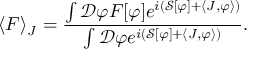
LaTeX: \langle F \rangle _ { J } = { \frac { \int { \mathcal { D } } \varphi F [ \varphi ] e ^ { i \left( { \mathcal { S } } [ \varphi ] + \langle J , \varphi \rangle \right) } } { \int { \mathcal { D } } \varphi e ^ { i \left( { \mathcal { S } } [ \varphi ] + \langle J , \varphi \rangle \right) } } } .